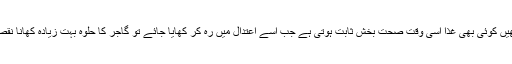
بس یہ ذہن میں رکھیں کوئی بھی غذا اسی وقت صحت بخش ثابت ہوتی ہے جب اسے اعتدال میں رہ کر کھایا جائے تو گاجر کا حلوہ بہت زیادہ کھانا نقصان پہنچا سکتا ہے۔